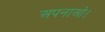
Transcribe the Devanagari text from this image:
अपनाओ।